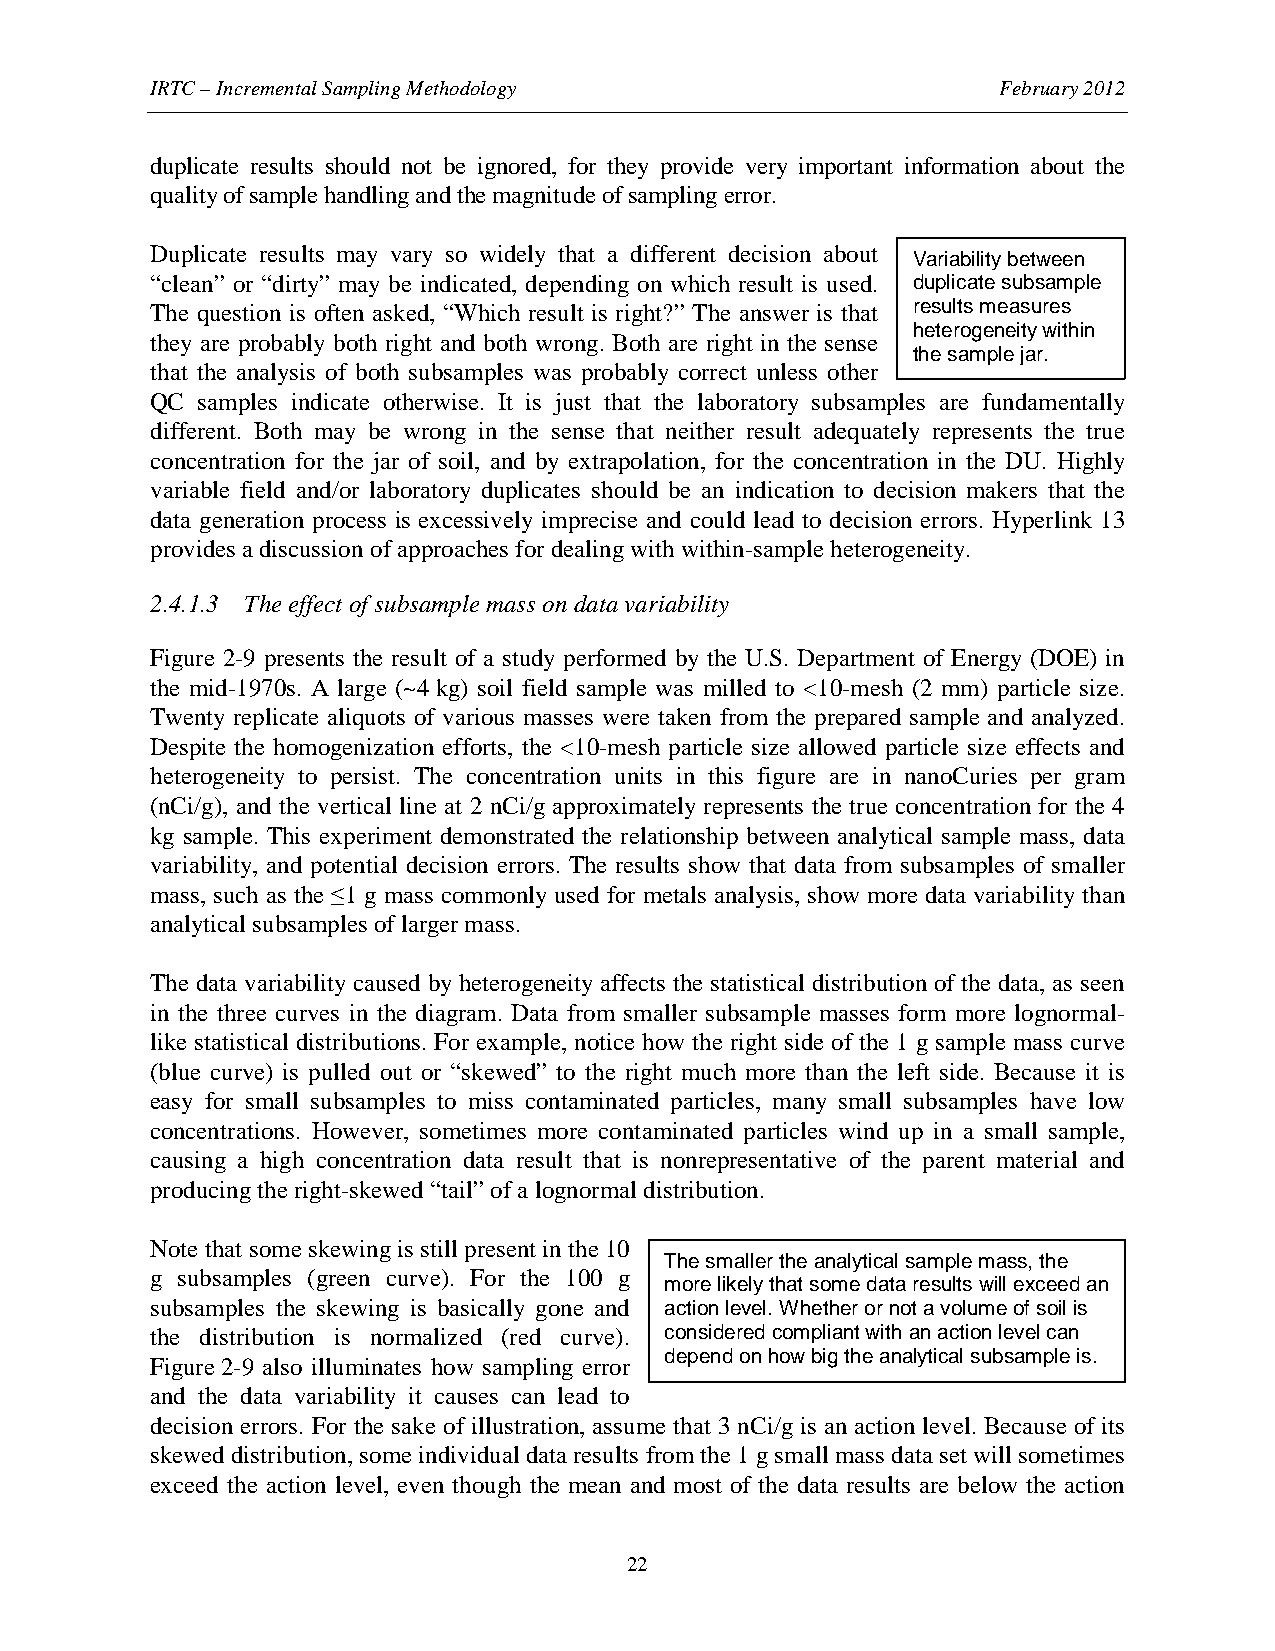
IRTC – Incremental Sampling Methodology                 February 2012
 duplicate results should not be ignored, for they provide very important information about the
 quality of sample handling and the magnitude of sampling error.
 Duplicate results may vary so widely that a different decision about
 Variability between
 “clean” or “dirty” may be indicated, depending on which result is used. duplicate subsample
 The question is often asked, “Which result is right?” The answer is that results measures
 heterogeneity within
 they are probably both right and both wrong. Both are right in the sense
 the sample jar.
 that the analysis of both subsamples was probably correct unless other
 QC samples indicate otherwise. It is just that the laboratory subsamples are fundamentally
 different. Both may be wrong in the sense that neither result adequately represents the true
 concentration for the jar of soil, and by extrapolation, for the concentration in the DU. Highly
 variable field and/or laboratory duplicates should be an indication to decision makers that the
 data generation process is excessively imprecise and could lead to decision errors. Hyperlink 13
 provides a discussion of approaches for dealing with within-sample heterogeneity.
 2.4.1.3 The effect of subsample mass on data variability
 Figure 2-9 presents the result of a study performed by the U.S. Department of Energy (DOE) in
 the mid-1970s. A large (~4 kg) soil field sample was milled to <10-mesh (2 mm) particle size.
 Twenty replicate aliquots of various masses were taken from the prepared sample and analyzed.
 Despite the homogenization efforts, the <10-mesh particle size allowed particle size effects and
 heterogeneity to persist. The concentration units in this figure are in nanoCuries per gram
 (nCi/g), and the vertical line at 2 nCi/g approximately represents the true concentration for the 4
 kg sample. This experiment demonstrated the relationship between analytical sample mass, data
 variability, and potential decision errors. The results show that data from subsamples of smaller
 mass, such as the ≤1 g mass commonly used for metals analysis, show more data variability than
 analytical subsamples of larger mass.
 The data variability caused by heterogeneity affects the statistical distribution of the data, as seen
 in the three curves in the diagram. Data from smaller subsample masses form more lognormal-
 like statistical distributions. For example, notice how the right side of the 1 g sample mass curve
 (blue curve) is pulled out or “skewed” to the right much more than the left side. Because it is
 easy for small subsamples to miss contaminated particles, many small subsamples have low
 concentrations. However, sometimes more contaminated particles wind up in a small sample,
 causing a high concentration data result that is nonrepresentative of the parent material and
 producing the right-skewed “tail” of a lognormal distribution.
 Note that some skewing is still present in the 10
 The smaller the analytical sample mass, the
 g subsamples (green curve). For the 100 g
 more likely that some data results will exceed an
 subsamples the skewing is basically gone and action level. Whether or not a volume of soil is
 the distribution is normalized (red curve). considered compliant with an action level can
 depend on how big the analytical subsample is.
 Figure 2-9 also illuminates how sampling error
 and the data variability it causes can lead to
 decision errors. For the sake of illustration, assume that 3 nCi/g is an action level. Because of its
 skewed distribution, some individual data results from the 1 g small mass data set will sometimes
 exceed the action level, even though the mean and most of the data results are below the action
 22